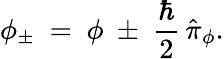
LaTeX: \phi_{\pm}\ =\ \phi\ \pm\ \frac{\hbar}{2}\, \hat{\pi}_{\phi}.